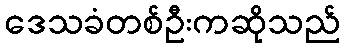
ဒေသခံတစ်ဦးကဆိုသည်